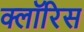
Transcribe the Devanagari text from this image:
क्लॉरिस